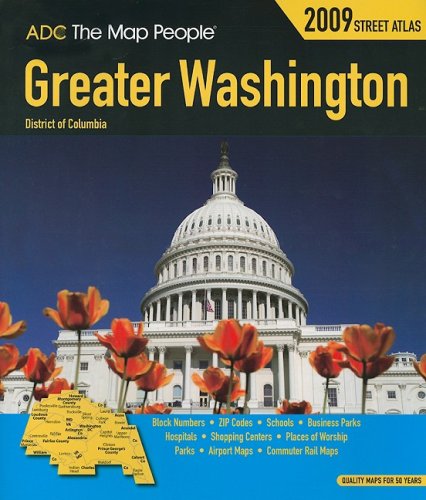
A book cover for Adc the Map People Washington, Dc Greater Street Atlas; Not Available (Na) ADC the Map People; Travel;